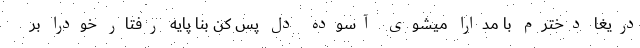
دریغا دخترم با مدارا میشوی آسوده دل پس کن بنا پایه رفتار خودرا بر